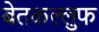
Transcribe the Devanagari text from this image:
बेतकल्लुफ